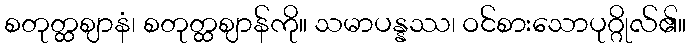
စတုတ္ထဈာနံ၊ စတုတ္ထဈာန်ကို။ သမာပန္နဿ၊ ဝင်စားသောပုဂ္ဂိုလ်၏။